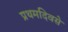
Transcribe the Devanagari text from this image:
प्रथमदिवसे